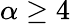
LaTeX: \alpha\ge 4